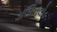
ડાઊનલોડ